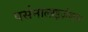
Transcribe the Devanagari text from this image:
पर्सनालाइज़ेशन